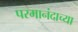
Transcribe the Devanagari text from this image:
परमानंदाच्या